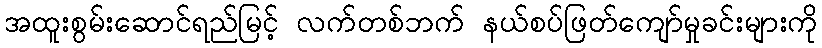
အထူးစွမ်းဆောင်ရည်မြင့် လက်တစ်ဘက် နယ်စပ်ဖြတ်ကျော်မှုခင်းများကို